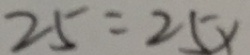
2 5 = 2 5 x